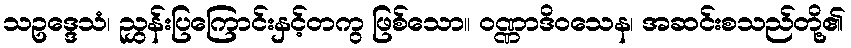
သဥဒ္ဒေသံ၊ ညွှန်းပြကြောင်းနှင့်တကွ ဖြစ်သော။ ဝဏ္ဏာဒိဝသေန၊ အဆင်းစသည်တို့၏